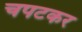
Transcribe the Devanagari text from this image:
चपटकर